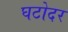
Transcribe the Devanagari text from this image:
घटोदर